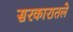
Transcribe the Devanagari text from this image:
सरकारातले